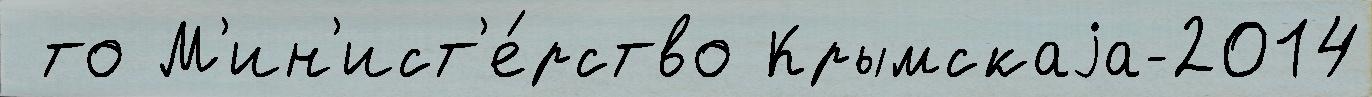
 то М'ин'ист'е́рство Крымскаjа-2014